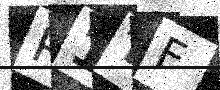
Text: R1TF